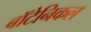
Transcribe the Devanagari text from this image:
बॉटेनिकल